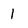
Character: 1